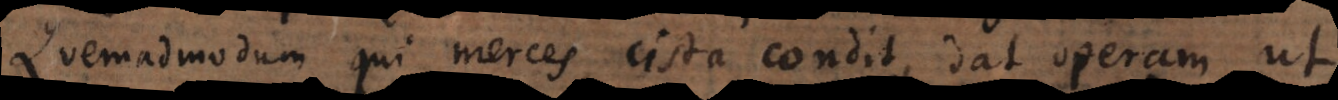
Quemadmodum qui merces cista condit, dat operam ut